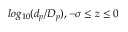
l o g _ { 1 0 } ( d _ { p } / D _ { p } ) , - \sigma \leq z \leq 0